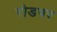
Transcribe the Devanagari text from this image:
रोडपर